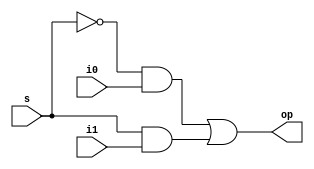
module mux_2_1(s,i0,i1,op);
input s,i0,i1;
output op;
wire sb;
wire o0,o1;
not n1(sb,s);
and a1(o0,sb,i0);
and a2(o1,s,i1);
or or1(op,o0,o1);
endmodule